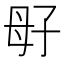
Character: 㝀